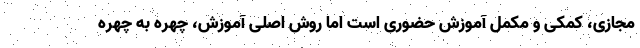
مجازی، کمکی و مکمل آموزش حضوری است اما روش اصلی آموزش، چهره به چهره